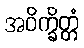
အဝိက္ခိတ္တံ